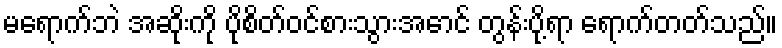
မရောက်ဘဲ အဆိုးကို ပိုစိတ်ဝင်စားသွားအောင် တွန်းပို့ရာ ရောက်တတ်သည်။